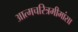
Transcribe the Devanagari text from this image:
अात्मचरित्रमीमांसा